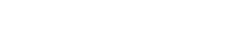
မတွေ့ကြရတာ ကြာပြီလေကွာ။